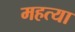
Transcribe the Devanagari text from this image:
महत्या